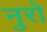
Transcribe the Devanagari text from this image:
नुरो